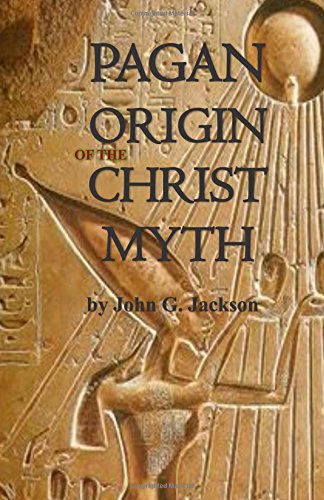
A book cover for Pagan Origins of the Christ Myth; John G. Jackson; Religion & Spirituality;